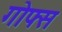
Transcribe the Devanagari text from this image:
गोफ्स